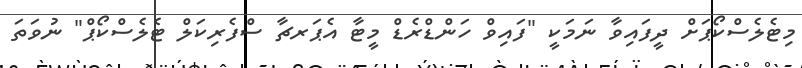
މިޓެލެސްކޯޕަށް ދީފައިވާ ނަމަކީ "ފައިވް ހަންޑްރެޑް މީޓާ އެޕަރޗާ ސްފެރިކަލް ޓެލެސްކޯޕް" ނުވަތަ